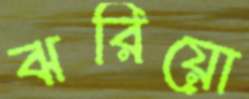
ঝরিয়ো